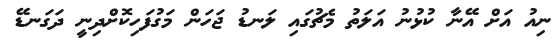
ނިއު އަށް އޭނާ ކުޅުނު އަލަތު މެޗުގައި ލަނޑު ޖަހަން މަގުފަހިކޮށްދިނީ ދަގަނޑޭ